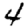
Digit: 4